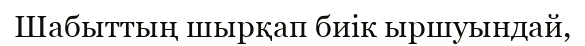
Шабыттың шырқап биік ыршуындай,